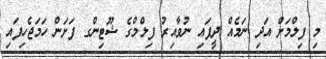
މި ފިލްމަށް އަދި ނަމެއް ދީފައި ނުވާއިރު ފިލްމްގެ ޝޫޓިންގ ފަށަން ހަމަޖެހިފައި